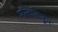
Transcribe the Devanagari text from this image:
मॉस्कोकडून